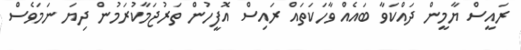
ރައީސް ޔާމީން ދައްކަވާ ބައެއް ވާހަކަތައް ރައިސް އޮފީހުން ތަރުޖަމާކުރަމުން ދިޔަ ނަމަވެސް